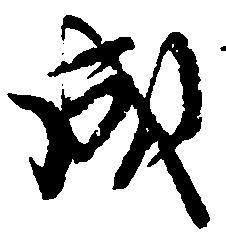
成